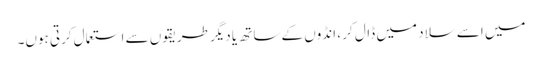
میں اسے سلاد میں ڈال کر ، انڈوں کے ساتھ یا دیگر طریقوں سے استعمال کرتی ہوں۔